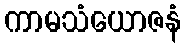
ကာမသံယောဇနံ